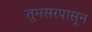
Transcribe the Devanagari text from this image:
तुमसरपासून